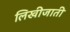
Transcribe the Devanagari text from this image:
लिखीजाती